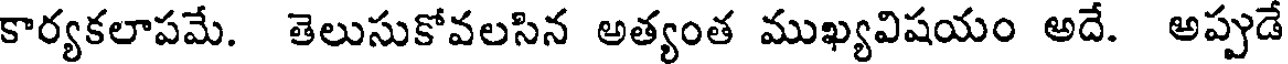
కార్యకలాపమే. తెలుసుకోవలసిన అత్యంత ముఖ్యవిషయం అదే. అప్పుడే